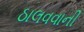
ઠાલવવાની